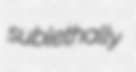
sublethally